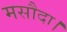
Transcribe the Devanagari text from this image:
मसौदा।